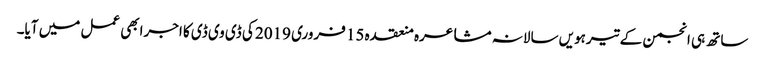
ساتھ ہی انجمن کے تیرہویں سالانہ مشاعرہ منعقدہ 15 فروری 2019 کی ڈی وی ڈی کا اجرابھی عمل میں آیا۔